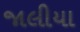
જાલીયા